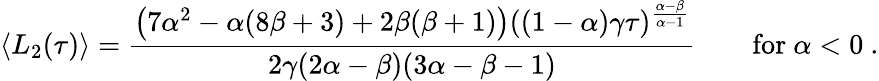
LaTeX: \langle L_{2}(\tau)\rangle=\frac{\left(7\alpha^{2}-\alpha(8\beta+3)+2\beta(\beta+1)\right)((1-\alpha)\gamma\tau)^{\frac{\alpha-\beta}{\alpha-1}}}{2\gamma(2\alpha-\beta)(3\alpha-\beta-1)}\qquad\mathrm{for}\ \alpha<0\ .